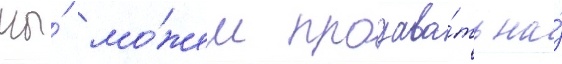
мы́ мо́жем продава́ть на́